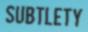
SUBTLETY